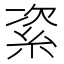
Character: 𥿩